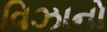
વિઝાનો